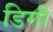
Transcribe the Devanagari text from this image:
डिगी